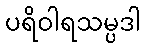
ပရိဝါရသမ္ပဒါ